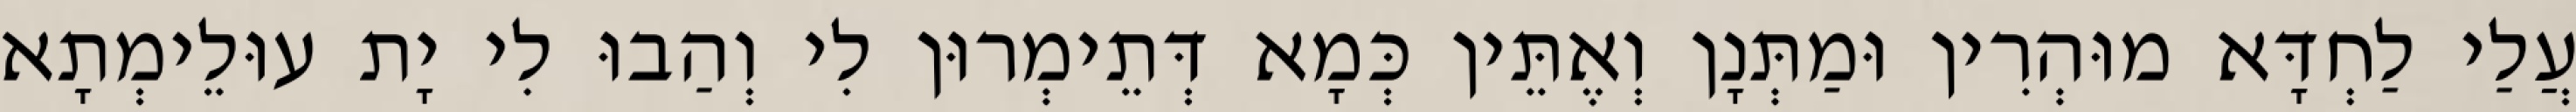
עֲלַי לַחְדָּא מוּהְרִין וּמַתְּנָן וְאֶתֵּין כְּמָא דְּתֵימְרוּן לִי וְהַבוּ לִי יָת עוּלֵימְתָא